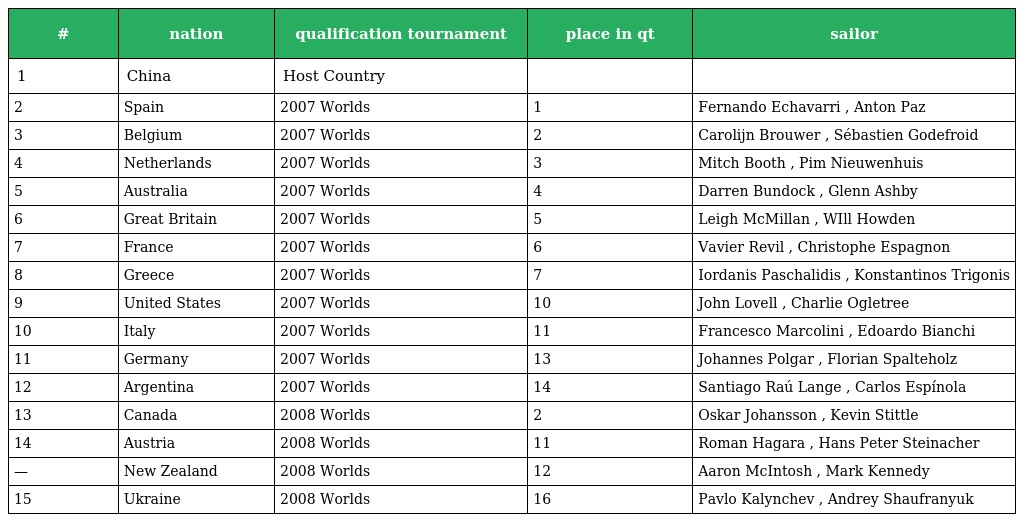
| # | nation | qualification tournament | place in qt | sailor |
 | --- | --- | --- | --- | --- |
 | 1 | China | Host Country |  |  |
 | 2 | Spain | 2007 Worlds | 1 | Fernando Echavarri , Anton Paz |
 | 3 | Belgium | 2007 Worlds | 2 | Carolijn Brouwer , Sébastien Godefroid |
 | 4 | Netherlands | 2007 Worlds | 3 | Mitch Booth , Pim Nieuwenhuis |
 | 5 | Australia | 2007 Worlds | 4 | Darren Bundock , Glenn Ashby |
 | 6 | Great Britain | 2007 Worlds | 5 | Leigh McMillan , WIll Howden |
 | 7 | France | 2007 Worlds | 6 | Vavier Revil , Christophe Espagnon |
 | 8 | Greece | 2007 Worlds | 7 | Iordanis Paschalidis , Konstantinos Trigonis |
 | 9 | United States | 2007 Worlds | 10 | John Lovell , Charlie Ogletree |
 | 10 | Italy | 2007 Worlds | 11 | Francesco Marcolini , Edoardo Bianchi |
 | 11 | Germany | 2007 Worlds | 13 | Johannes Polgar , Florian Spalteholz |
 | 12 | Argentina | 2007 Worlds | 14 | Santiago Raú Lange , Carlos Espínola |
 | 13 | Canada | 2008 Worlds | 2 | Oskar Johansson , Kevin Stittle |
 | 14 | Austria | 2008 Worlds | 11 | Roman Hagara , Hans Peter Steinacher |
 | — | New Zealand | 2008 Worlds | 12 | Aaron McIntosh , Mark Kennedy |
 | 15 | Ukraine | 2008 Worlds | 16 | Pavlo Kalynchev , Andrey Shaufranyuk |